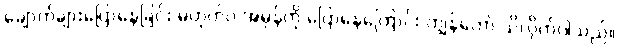
ချောက်ချားပြောနေခြင်း မဟုတ်ပဲ အမှန်ကို ပြောနေကြောင်း ကျွန်တော် သိလိုက်ပါသည်။